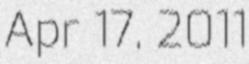
Apr 17, 2011